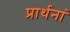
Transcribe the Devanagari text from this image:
प्रार्थनां